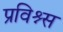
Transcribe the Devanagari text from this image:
प्रविश्न्स